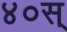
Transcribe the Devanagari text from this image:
४०स्